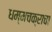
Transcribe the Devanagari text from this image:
धम्मचक्राचा